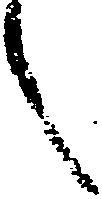
々